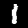
Label: 1